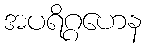
အပရိဂ္ဂဟေန